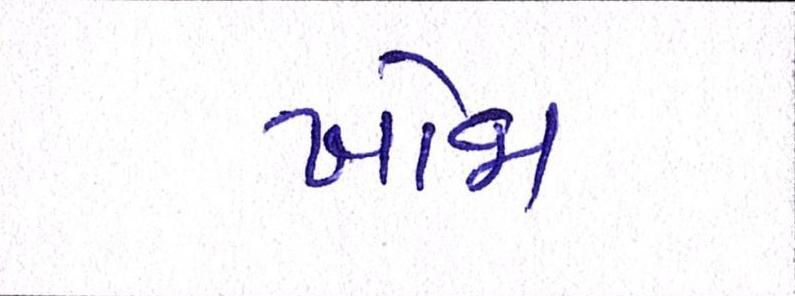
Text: ખોજા